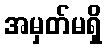
အမှတ်မရှိ